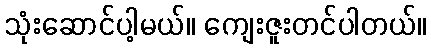
သုံးဆောင်ပါ့မယ်။ ကျေးဇူးတင်ပါတယ်။